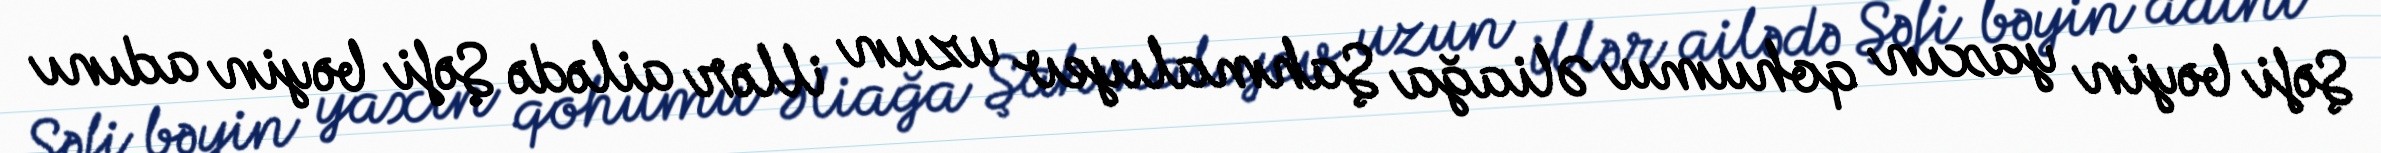
Şəfi bəyin yaxın qohumu Əliağa Şahmalıyev uzun illər ailədə Şəfi bəyin adını